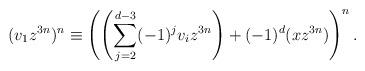
LaTeX: \begin{align*} (v_1z^{3n})^n \equiv \left(\left(\sum_{j=2}^{d-3}(-1)^{j}v_iz^{3n}\right)+(-1)^{d}(xz^{3n})\right)^n. \end{align*}